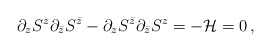
\begin{align*}\partial_zS^{z}\partial_{\bar{z}} S^{\bar{z}} - \partial_{z}S^{\bar{z}} \partial_{\bar{z}} S^z=-{\cal H}= 0\,,\end{align*}